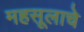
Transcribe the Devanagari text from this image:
महसूलाचे